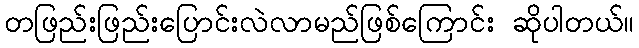
တဖြည်းဖြည်းပြောင်းလဲလာမည်ဖြစ်ကြောင်း ဆိုပါတယ်။